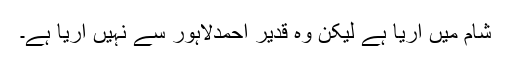
شام میں آریا ہے لیکن وہ قدیر احمدلاہور سے نہیں آریا ہے۔